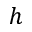
h